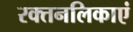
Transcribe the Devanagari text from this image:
रक्तनलिकाएं